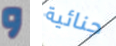
و جنائية